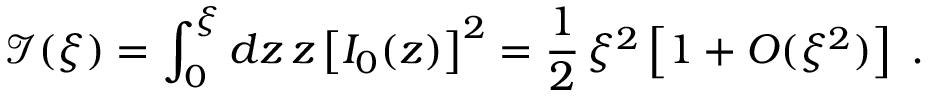
{ \mathcal I } ( \xi ) = \int _ { 0 } ^ { \xi } d z \, z \left[ I _ { 0 } ( z ) \right] ^ { 2 } = \frac { 1 } { 2 } \, \xi ^ { 2 } \left[ 1 + O ( \xi ^ { 2 } ) \right] \; .